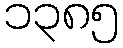
၁၃၈၅